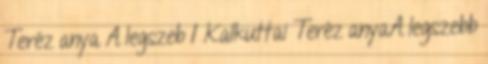
Teréz anya A legszeb 1 Kalkuttai Teréz anyaA legszebb